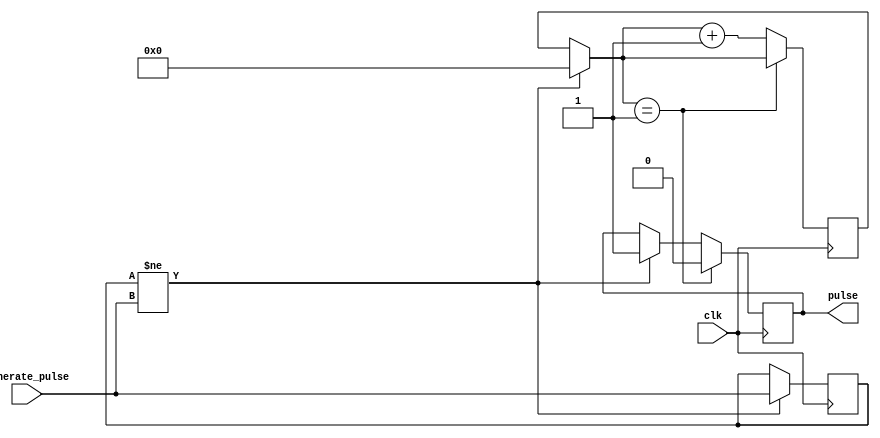
module pulse_generator #(
	parameter PULSE_WIDTH = 32'd1
	)(
	input wire clk,
	input wire generate_pulse,
	output reg pulse
	);
 
	reg [31:0] count;
	reg previous_pulse_value;
	
	initial begin
		count = 0;
		previous_pulse_value = 1'b0;
		pulse = 1'b0;
	end
		
	always @(posedge(clk)) begin
	
		if(previous_pulse_value != generate_pulse) begin
			count = 0;
			pulse <= 1'b1;
			previous_pulse_value = generate_pulse;
		end
		
		if(count == PULSE_WIDTH) begin
			pulse <= 1'b0;
		end else begin
			count = count + 1;
		end
	end


endmodule

// module stimulus();
// 	reg CLK,GENERATE_PULSE;
// 	wire PULSE;

// 	pulse_generator #(.PULSE_WIDTH(32'd1))
// 		p(
// 			.clk(CLK),
// 			.generate_pulse(GENERATE_PULSE),
// 			.pulse(PULSE)
// 		);

// 	initial begin
// 		$dumpfile("simulation.vcd");
// 		$dumpvars(0,
// 			CLK,
// 			PULSE,
// 			GENERATE_PULSE
// 		);
// 	end

// 	initial begin
// 		CLK = 1'b0;
// 		GENERATE_PULSE = 1'b0;
// 	end

// 	always begin
// 		#1 CLK = ~ CLK;
// 	end

// 	always begin
// 		#10 GENERATE_PULSE = ~ GENERATE_PULSE;
// 	end

// 	initial begin
// 		#100 $finish;
// 	end
// endmodule // module